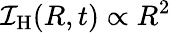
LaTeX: {\cal I}_{\mathrm{H}}(R,t)\propto R^{2}